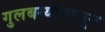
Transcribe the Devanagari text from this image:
गुलबर्ग्यापासून